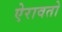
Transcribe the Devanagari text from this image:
ऐरावतो